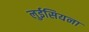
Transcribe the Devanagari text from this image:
लुईसियना